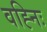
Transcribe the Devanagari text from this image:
वह्निः